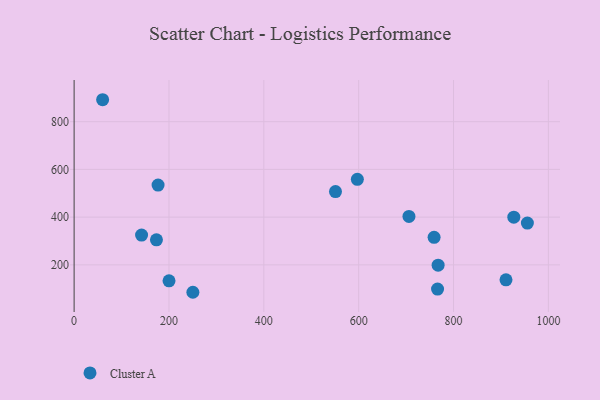
{"axis": {"x": "Investment", "y": "Exam Score"}, "legend": ["Cluster A"], "data": [{"x": "910.6", "y": 137.3, "type": "Cluster A"}, {"x": "551.1", "y": 507.2, "type": "Cluster A"}, {"x": "597.2", "y": 558.4, "type": "Cluster A"}, {"x": "706.0", "y": 402.8, "type": "Cluster A"}, {"x": "927.1", "y": 399.7, "type": "Cluster A"}, {"x": "60.1", "y": 892.1, "type": "Cluster A"}, {"x": "142.2", "y": 325.0, "type": "Cluster A"}, {"x": "177.0", "y": 534.3, "type": "Cluster A"}, {"x": "759.0", "y": 315.5, "type": "Cluster A"}, {"x": "173.6", "y": 305.1, "type": "Cluster A"}, {"x": "766.3", "y": 98.5, "type": "Cluster A"}, {"x": "200.1", "y": 132.9, "type": "Cluster A"}, {"x": "955.7", "y": 375.3, "type": "Cluster A"}, {"x": "250.4", "y": 85.1, "type": "Cluster A"}, {"x": "767.5", "y": 198.5, "type": "Cluster A"}]}